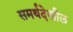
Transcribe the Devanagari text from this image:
समर्थदेखील